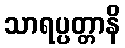
သာရပ္ပတ္တာနိ